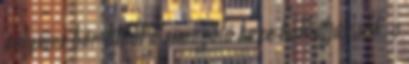
selymes bőr titkát a simogató keze tudhatja csak, a